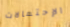
الإحتمالات